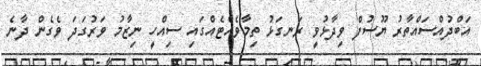
އަބްދުއްސައްތާރު ޔޫސުފް ވިދާޅުވީ ރަނގަޅު ތިމާވެއްޓެއްގައި ސިއްހީ ނިޒާމު ވަރުގަދަ ވެގެން ދާނެ